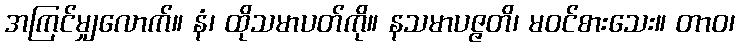
အကြင်မျှလောက်။ နံ၊ ထိုသမာပတ်ကို။ နသမာပဇ္ဇတိ၊ မဝင်စားသေး။ တာဝ၊